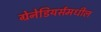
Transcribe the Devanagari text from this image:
ग्रेनेडियर्समधील